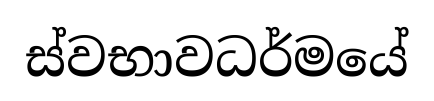
ස්වභාවධර්මයේ